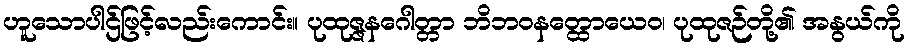
ဟူသောပါဌ်ဖြင့်လည်းကောင်း။ ပုထုဇ္ဇနဂေါတ္တာ ဘိဘဝနတ္ထောယေဝ၊ ပုထုဇဉ်တို့၏ အနွယ်ကို